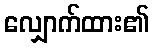
လျှောက်ထား၏